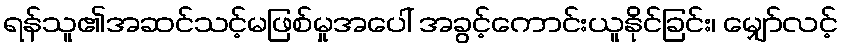
ရန်သူ၏အဆင်သင့်မဖြစ်မှုအပေါ် အခွင့်ကောင်းယူနိုင်ခြင်း၊ မျှော်လင့်